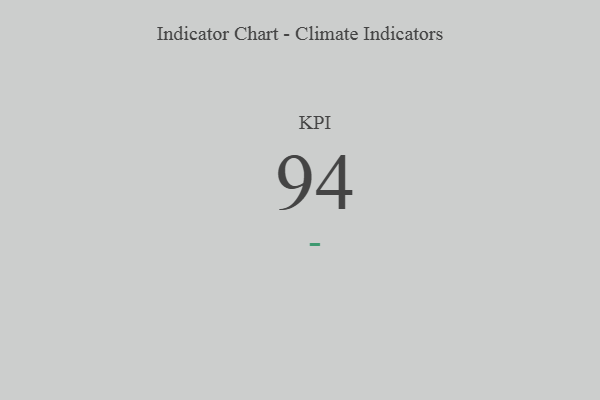
{"axis": {"x": "KPI", "y": "Value"}, "legend": [""], "data": [{"x": "KPI", "y": 94, "type": ""}]}